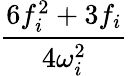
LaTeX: \frac{6f_{i}^{2}+3f_{i}}{4\omega_{i}^{2}}